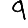
Digit: 9